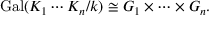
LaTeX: \operatorname { G a l } ( K _ { 1 } \cdots K _ { n } / k ) \cong G _ { 1 } \times \cdots \times G _ { n } .